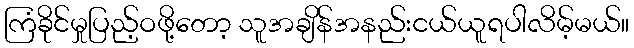
ကြံခိုင်မှုပြည့်ဝဖို့တော့ သူအချိန်အနည်းငယ်ယူရပါလိမ့်မယ်။